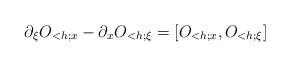
LaTeX: \begin{align*}\partial_\xi O_{<h;x} - \partial_x O_{<h;\xi} = [ O_{<h;x},O_{<h;\xi}]\end{align*}